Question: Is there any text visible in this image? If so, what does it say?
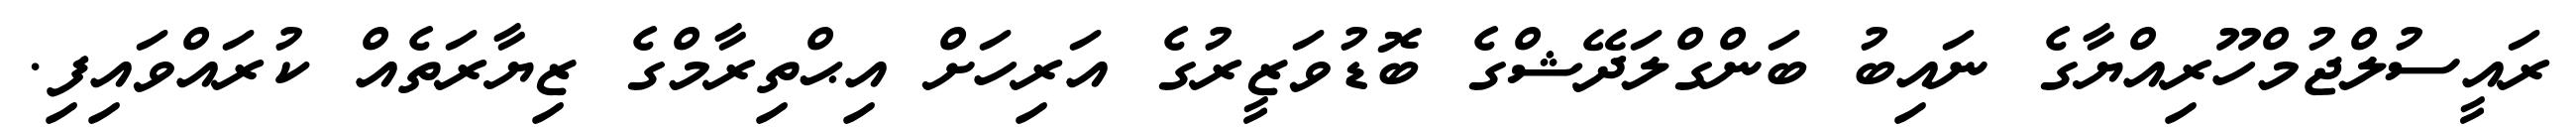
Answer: ރައީސުލްޖުމްހޫރިއްޔާގެ ނައިބު ބަންގްލަދޭޝްގެ ބޮޑުވަޒީރުގެ އަރިހަށް އިޙްތިރާމްގެ ޒިޔާރަތެއް ކުރައްވައިފި.